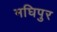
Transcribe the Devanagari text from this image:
मघिपुर